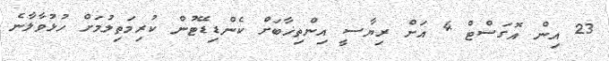
23 އިން އޮގަސްޓް 4 އަށް ރިޔާސީ އިންތިޚާބަށް ކެންޑިޑޭޓުން ކުރިމަތިލުމަށް ހުޅުވާލާނެ